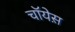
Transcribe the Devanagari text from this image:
चॉयेस़